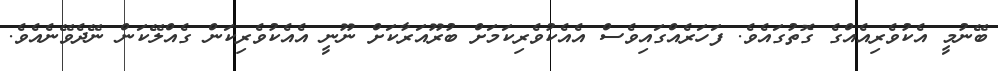
ބޭނުމީ އެކުވެރިއެއްގެ ގޮތުގައެވެ. ފަހަރެއްގައިވެސް އެއެކުވެރިކަމަށް ބުރޫއަރާކަށް ނޫނީ އެއެކުވެރިކަން ގެއްލޭކަން ނޭދެވޭނެއެވެ.